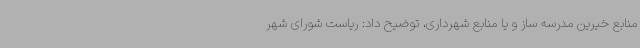
منابع خیرین مدرسه ساز و یا منابع شهرداری، توضیح داد: ریاست شورای شهر